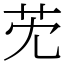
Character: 䒞